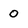
Character: 0